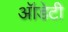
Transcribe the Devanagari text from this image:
ऑडेटी